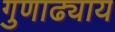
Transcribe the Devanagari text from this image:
गुणाढ्याय